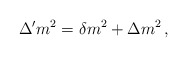
\begin{align*}\Delta' m^2 = \delta m^2 + \Delta m^2 \,,\end{align*}